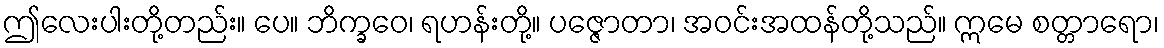
ဤလေးပါးတို့တည်း။ ပေ။ ဘိက္ခဝေ၊ ရဟန်းတို့။ ပဇ္ဇောတာ၊ အဝင်းအထန်တို့သည်။ ဣမေ စတ္တာရော၊